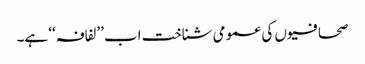
صحافیوں کی عمومی شناخت اب ’’لفافہ‘‘ ہے۔